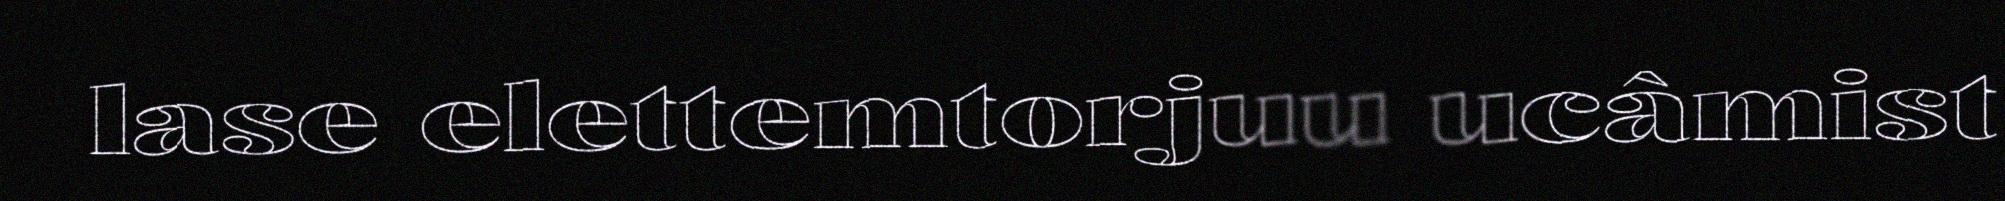
lase elettemtorjuu ucâmist